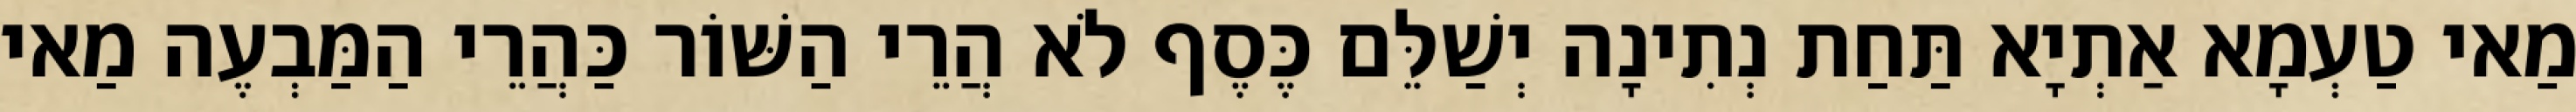
מַאי טַעְמָא אַתְיָא תַּחַת נְתִינָה יְשַׁלֵּם כֶּסֶף לֹא הֲרֵי הַשּׁוֹר כַּהֲרֵי הַמַּבְעֶה מַאי